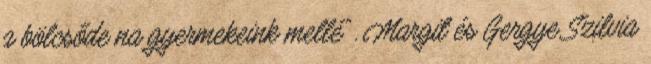
a bölcsőde na gyermekeink mellé”. Margit és Gergye Szilvia